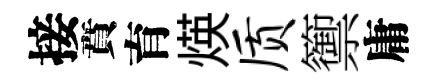
接賁育煐质籞庸